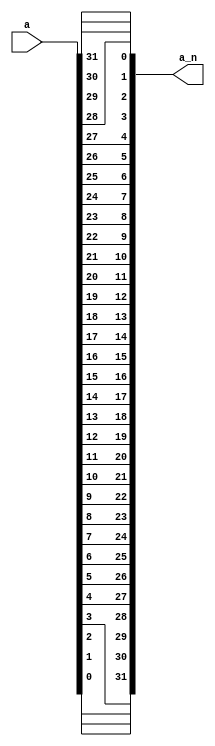
module bit_order_inversion #(
    parameter DATA_WIDTH = 32
)(
    input [DATA_WIDTH-1:0] a,
    output [DATA_WIDTH-1:0] a_n
);

    genvar i;
    generate
		for (i = 0; i < DATA_WIDTH; i = i + 1) begin
            assign a_n[i] = a[DATA_WIDTH-1-i];
        end
	endgenerate

endmodule